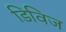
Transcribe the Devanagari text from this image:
डिविज